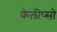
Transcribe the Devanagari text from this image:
केलीप्सो